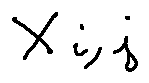
X _ { i , j }